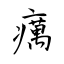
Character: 癘